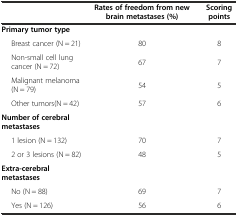
|  | Rates of freedom from new brain metastases (%) | Scoring points |
 | --- | --- | --- |
 | Primary tumor type |  |  |
 | Breast cancer (N = 21) | 80 | 8 |
 | Non-small cell lung cancer (N = 72) | 67 | 7 |
 | Malignant melanoma (N = 79) | 54 | 5 |
 | Other tumors(N = 42) | 57 | 6 |
 | Number of cerebral metastases |  |  |
 | 1 lesion (N = 132) | 70 | 7 |
 | 2 or 3 lesions (N = 82) | 48 | 5 |
 | Extra-cerebral metastases |  |  |
 | No (N = 88) | 69 | 7 |
 | Yes (N = 126) | 56 | 6 |